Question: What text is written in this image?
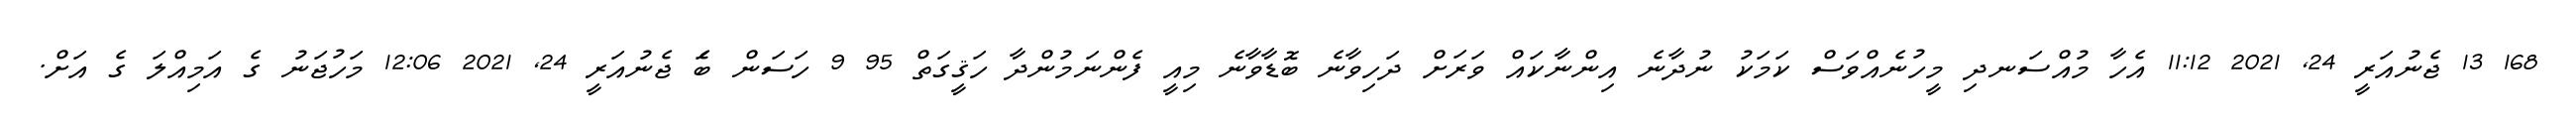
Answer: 168 13 ޖެނުއަރީ 24, 2021 11:12 އެހާ މުއްސަނދި މީހުނެއްވަސް ކަމަކު ނުދާނެ އިންނާކައް ވަރަށް ދަހިވާނެ ބޮޑާވާނެ މިއީ ފެންނަމުންދާ ހަޤީގަތް 95 9 ހަސަން ބަެ ޖެނުއަރީ 24, 2021 12:06 މަހުޖަނު ގެ އަމިއްލަ ގެ އަށް.